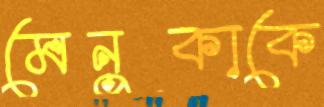
মেনুকাকে